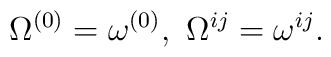
\Omega^{(0)}=\omega^{(0)},\ \Omega^{ij}=\omega^{ij}.